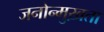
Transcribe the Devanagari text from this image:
जनोन्मुख़ता